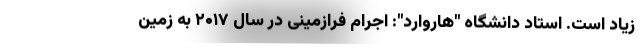
زیاد است. استاد دانشگاه "هاروارد": اجرام فرازمینی در سال ۲۰۱۷ به زمین